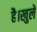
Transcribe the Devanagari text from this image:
है।खुले